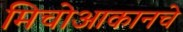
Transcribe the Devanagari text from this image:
मिचोआकानचे